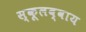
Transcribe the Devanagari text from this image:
स्कूलब्वाय